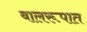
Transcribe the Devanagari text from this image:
बालरूपात